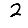
Digit: 2